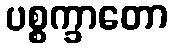
ပစ္စက္ခာတော